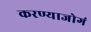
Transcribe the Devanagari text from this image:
करण्याजोगं